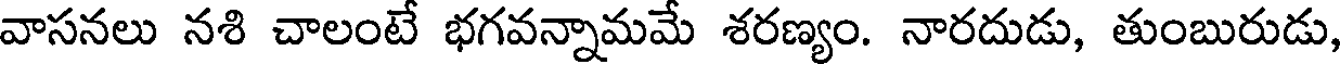
వాసనలు నశి చాలంటే భగవన్నామమే శరణ్యం. నారదుడు, తుంబురుడు,